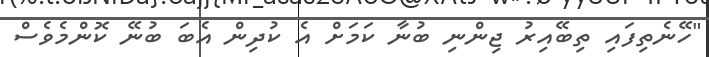
"ހޭނެތިފައި ތިބޭއިރު ޖިންނި ބުނާ ކަމަށް އެ ކުދިން އެބަ ބުނޭ ކޮންމެވެސް